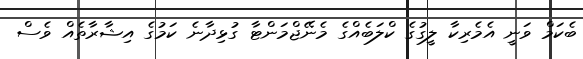
ބެކަމް ވަނީ އެމެރިކާ ލީގުގެ ކްލަބެއްގެ މެނޭޖްމަންޓާ ގުޅިދާނެ ކަމުގެ އިޝާރާތެއް ވެސް